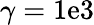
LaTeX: \gamma=1\mathrm{e}3